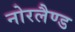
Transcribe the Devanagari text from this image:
नोरलैण्ड